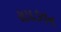
સાદડવન